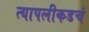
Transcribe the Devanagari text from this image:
त्यापलीकडचं